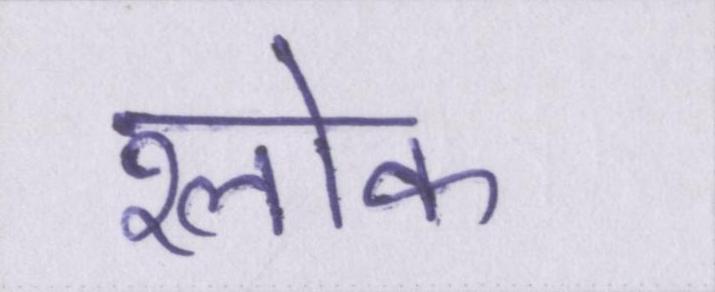
श्लोक